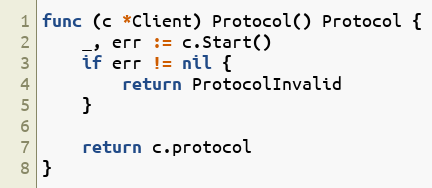
Language: Go
func (c *Client) Protocol() Protocol {
	_, err := c.Start()
	if err != nil {
		return ProtocolInvalid
	}

	return c.protocol
}